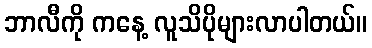
ဘာလီကို ကနေ့ လူသိပိုများလာပါတယ်။